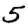
Digit: 5